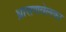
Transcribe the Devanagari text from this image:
ध्रासणवेलका